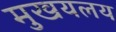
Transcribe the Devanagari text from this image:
मुखयलय